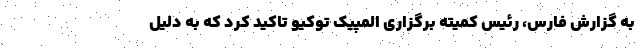
به گزارش فارس، رئیس کمیته برگزاری المپیک توکیو تاکید کرد که به دلیل